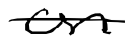
Text: on
Cross-out: single-line
Writing tool: digital_black